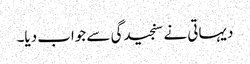
دیہاتی نے سنجیدگی سے جواب دیا۔